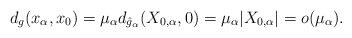
\begin{align*}d_g(x_\alpha, x_0) = \mu_\alpha d_{\hat{g}_\alpha}(X_{0,\alpha}, 0) = \mu_\alpha|X_{0,\alpha}| = o(\mu_\alpha).\end{align*}